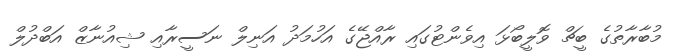
މުބާރާތުގެ ބީޗް ވޮލީބޯޅަ އިވެންޓުގައި ރާއްޖޭގެ އަހުމަދު އަނިލް ނަސީރާއި ޝިއުނާޒް އަބްދުލް